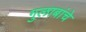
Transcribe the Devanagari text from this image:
गुलाबांचे